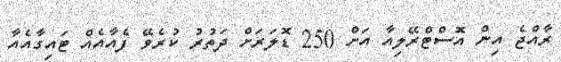
ރާއްޖެ އިން އޮސްޓްރޭލިއާ އަށް 250 ޑޮލަރަށް ދަތުރު ކުރެވޭ ފެއާއެއް ޓައިގާއެއާ